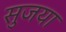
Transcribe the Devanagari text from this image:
सुजया